Physiological action of certain drugs in tablet form - Number 52A
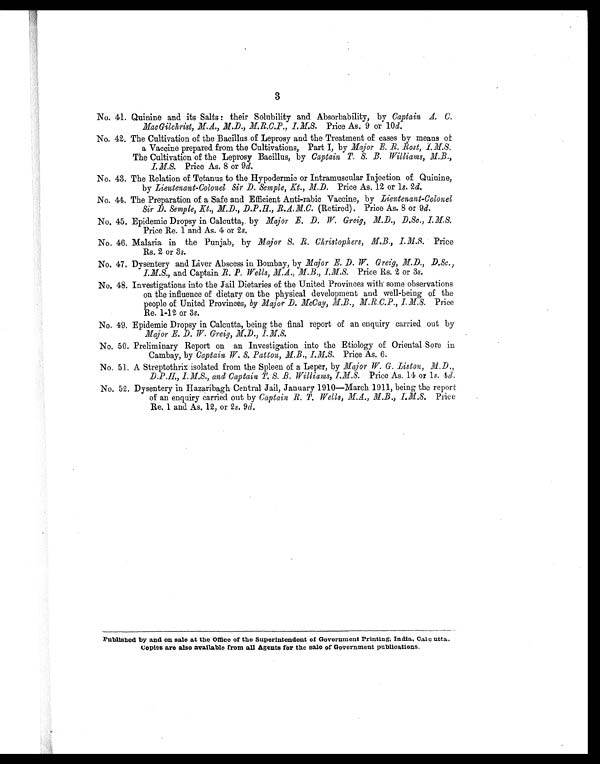
3
No. 41. Quinine and its Salts : their Solubility and Absorbability, by Captain, A. C.
MacGilchrist, M.A., M.D., M. R. C. P., I. M. S. Price As. 9 or 10 d .
No. 42. The Cultivation of the Bacillus of Leprosy and the Treatment of cases by means o
f a Vaccine prepared from the Cultivations, Part I, by Major E. R. Rost, I.M.S.
The Cultivation of the Leprosy Bacillus, by Captain T. S. B. Williams, M.B.,
I. M.S. Price As. 8 or 9 d.
No. 43. The Relation of Tetanus to the Hypodermic or Intramuscular Injection of Quinine,
by Lieutenant-Colonel Sir D. Semple, Kt., M.D. Price As. 12 or 1 s. 2d.
No. 44. The Preparation of a Safe and Efficient Anti-rabic Vaccine, by Lieutenant-Colonel
Sir D. Semple, Kt., M.D., D. P. H., R. A. M. C. (Retired). Price As. 8 or 9 d.
No. 45. Epidemic Dropsy in Calcutta,. by Major E. D. W Greig, M.D., D.Sc., I. M. S.
Price Re. 1 and As. 4 or 2 s.
No. 46. Malaria in the Punjab, by Major S. R. Christophers, M. B., I. M. S. Price
Rs. 2 or 3 s.
No. 47. Dysentery and Liver Abscess in Bombay, by Major E. D. W. Greig, M.D., .D.Sc.,
I.M.S., and Captain R. P. Wells, M.A., M.B., I.M.S. Price Rs. 2 or 3 s.
No. 48. Investigations into the Jail Dietaries of the United Provinces with some observations
on the influence of dietary on the physical development and well-being of the
people of United Provinces, by Major D.McCay, I. M. S. Price
Re. 1-12 or 3s.
No. 49. Epidemic Dropsy in Calcutta, being the final report of an enquiry carried out by
Major E. D. W. Greig, M.D., I.M.S.
No. 50. Preliminary Report on an Investigation into the Etiology of Oriental Sore in
Cambay, by Captain W. S. Patton, M. B., I.M.S. Price As. 6.
No. 51. A Streptothrix isolated from the Spleen of a Leper, by Major W. G. Liston, .M. D.,
D. P. H.,I. M. S., and Captain T. S. B. Williams, I. M. S. Price As. 14 or 4d.
No. 52. Dysentery in Hazaribagh Central Jail, January 1910—March 1911, being the report
of an enquiry carried out by Captain R. T. Wells, M.A., M.B.,I. M. S.P r i c e
Re. 1 and As. 12, or 2 s. 9 d.
Published by and on sale at the Office of the Superintendent of Government Printing, India, Calcutta.